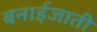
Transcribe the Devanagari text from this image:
बनाईजाती